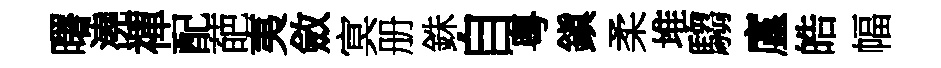
曙澆禪配葩夷斂㝠册銖自粤鎭柔堆騶廑皓幅